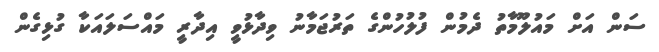
ސަން އަށް މައުލޫމާތު ދެމުން ފުލުހުންގެ ތަރުޖަމާނު ވިދާޅުވީ އިދާރީ މައްސަލައަކާ ގުޅިގެން